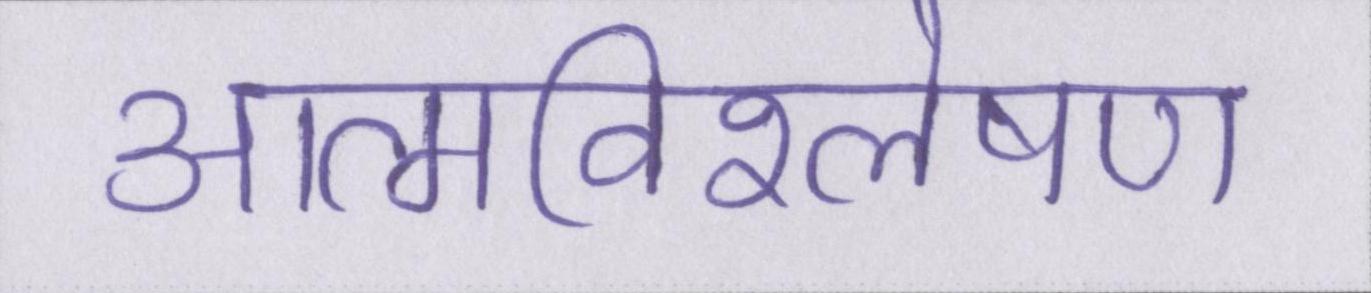
आत्मविश्लेषण